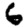
Digit: 6